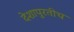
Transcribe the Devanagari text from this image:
देशापुरतीच